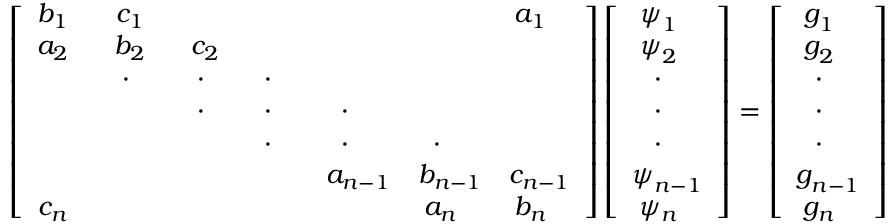
\left[ \begin{array} { c c c c c c c c } { b _ { 1 ~ ~ } } & { c _ { 1 ~ ~ } } & & & & & { a _ { 1 ~ ~ } } \\ { a _ { 2 ~ ~ } } & { b _ { 2 ~ ~ } } & { c _ { 2 ~ ~ } } & & & & \\ & { \cdot { ~ ~ ~ } } & { \cdot { ~ ~ ~ } } & { \cdot { ~ ~ ~ } } & & & \\ & & { \cdot { ~ ~ ~ } } & { \cdot { ~ ~ ~ } } & { \cdot { ~ ~ ~ } } & & \\ & & & { \cdot { ~ ~ ~ } } & { \cdot { ~ ~ ~ } } & { \cdot { ~ ~ ~ } } & \\ & & & & { a _ { n - 1 } } & { b _ { n - 1 } } & { c _ { n - 1 } } \\ { c _ { n ~ ~ } } & & & & & { a _ { n ~ ~ } } & { b _ { n ~ ~ } } \end{array} \right] \left[ { \begin{array} { c } { \psi _ { 1 ~ ~ } ^ { ~ } } \\ { \psi _ { 2 ~ ~ } ^ { ~ } } \\ { ~ \cdot _ { ~ ~ ~ } } \\ { ~ \cdot _ { ~ ~ ~ } } \\ { ~ \cdot _ { ~ ~ ~ } } \\ { \psi _ { n - 1 } ^ { ~ } } \\ { \psi _ { n ~ ~ } ^ { ~ } } \end{array} } \right] = \left[ { \begin{array} { c } { g _ { 1 ~ ~ } ^ { ~ } } \\ { g _ { 2 ~ ~ } ^ { ~ } } \\ { ~ \cdot _ { ~ ~ ~ } } \\ { ~ \cdot _ { ~ ~ ~ } } \\ { ~ \cdot _ { ~ ~ ~ } } \\ { g _ { n - 1 } ^ { ~ } } \\ { g _ { n ~ ~ } ^ { ~ } } \end{array} } \right]